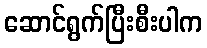
ဆောင်ရွက်ပြီးစီးပါက